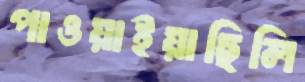
পাওয়াইয়াছিলি